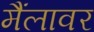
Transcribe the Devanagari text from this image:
मैंलावर